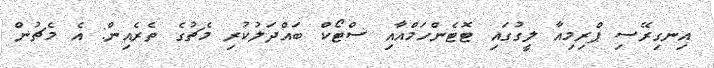
އިނގިރޭސި ޕްރިމިއާ ލީގުގައި ޓޮޓެންހަމްއާއި ސްޓޯކް ބައްދަލުކުރި މެޗުގެ ތެރެއިން: އެ މެޗުން